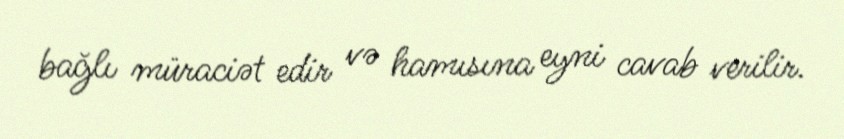
bağlı müraciət edir və hamısına eyni cavab verilir.